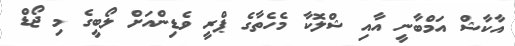
އާކާޝް އަމްބާނީ އާއި ޝްލޮކާ މެހެތާގެ ޕްރީ ވެޑިންއަށް ލޯބީގެ މި ޖޯޑް